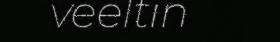
veeltin